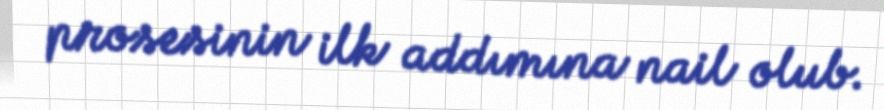
prosesinin ilk addımına nail olub.